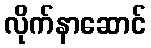
လိုက်နာဆောင်